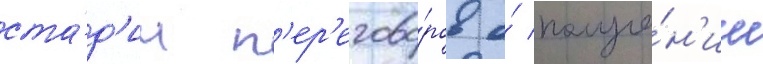
ста́д'ии п'ер'егово́ров о́ получе́н'ии